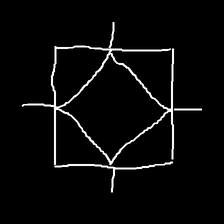
Glyph: light